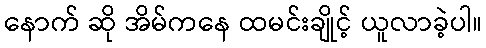
နောက် ဆို အိမ်ကနေ ထမင်းချိုင့် ယူလာခဲ့ပါ။